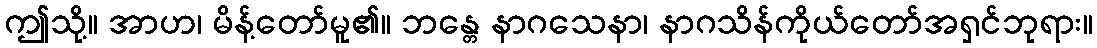
ဤသို့။ အာဟ၊ မိန့်တော်မူ၏။ ဘန္တေ နာဂသေနာ၊ နာဂသိန်ကိုယ်တော်အရှင်ဘုရား။